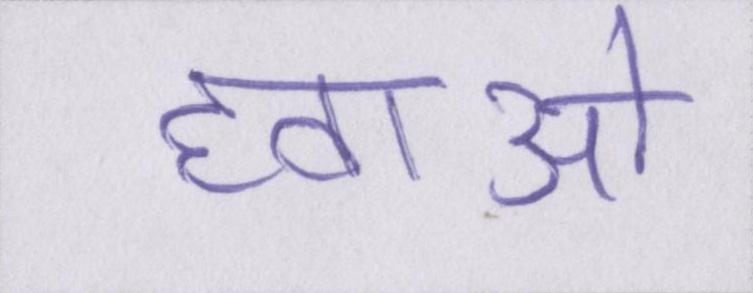
हवाओं